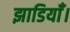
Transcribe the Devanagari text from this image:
झाडियाँ।